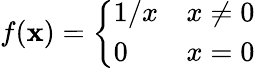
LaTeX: f(\mathbf{x})={\left\{ \begin{array}{ll}{1/x}&{x\not=0}\\ {0}&{x=0}\end{array}\right.}